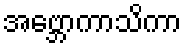
အဗ္ဘောကာသိကာ